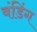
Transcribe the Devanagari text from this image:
बंडिंग